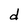
Character: d